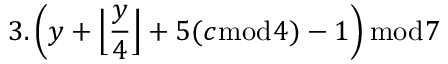
3 . \left( y + { \Big \lfloor } { \frac { y } { 4 } } { \Big \rfloor } + 5 ( c { \bmod { 4 } } ) - 1 \right) { \bmod { 7 } }